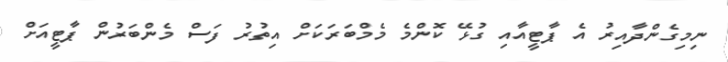
ނިމިގެންދާއިރު އެ ޕާޓީއާއި ގުޅޭ ކޮންމެ މެމްބަރަކަށް އިތުރު ފަސް މެންބަރުން ޕާޓީއަށް